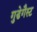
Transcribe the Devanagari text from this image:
गुडेगैस्ट